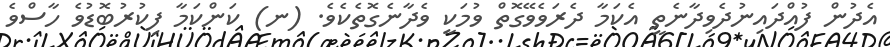
އެދުން ފުއްދައިނުދެވިދާނެތީ އެކަމާ ދެރަވެވޭގޮތް ވުމަކީ ވެދާނެގޮތެކެވެ. (ނ) ކަންކަމާ ފިކުރުބޮޑުވެ ހާސްވެ